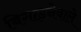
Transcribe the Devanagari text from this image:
बिगाड़नेवाले